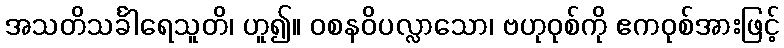
အသတိသင်္ခါရေသူတိ၊ ဟူ၍။ ဝစနဝိပလ္လာသော၊ ဗဟုဝုစ်ကို ဧကဝုစ်အားဖြင့်